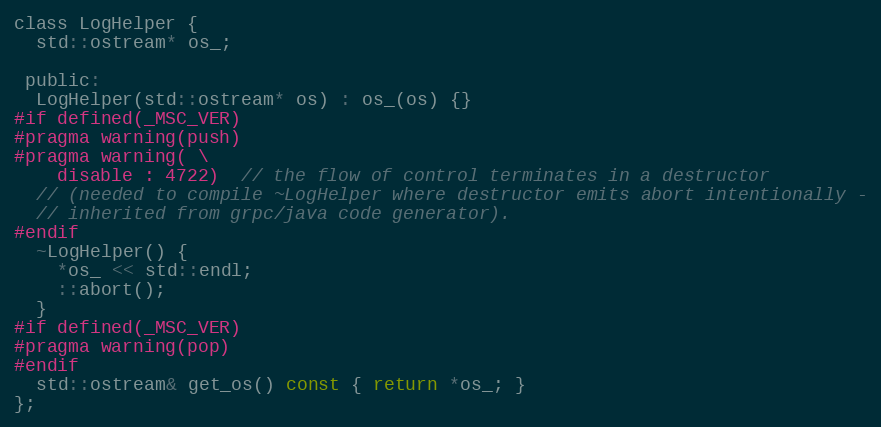
Language: C
class LogHelper {
  std::ostream* os_;

 public:
  LogHelper(std::ostream* os) : os_(os) {}
#if defined(_MSC_VER)
#pragma warning(push)
#pragma warning( \
    disable : 4722)  // the flow of control terminates in a destructor
  // (needed to compile ~LogHelper where destructor emits abort intentionally -
  // inherited from grpc/java code generator).
#endif
  ~LogHelper() {
    *os_ << std::endl;
    ::abort();
  }
#if defined(_MSC_VER)
#pragma warning(pop)
#endif
  std::ostream& get_os() const { return *os_; }
};